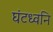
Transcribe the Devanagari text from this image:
घंटध्वनि